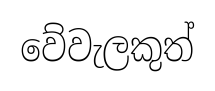
වේවැලකුත්